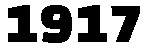
1917